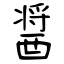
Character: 醤